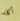
أكله